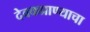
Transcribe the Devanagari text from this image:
देवकप्राण्याचा